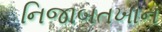
નિજાબતખાન